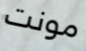
مونت